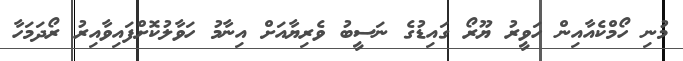
މުނި ހޯމްކެއާއިން ހަވީރު ޔޫރޯ ގައިޑުގެ ނަސީބު ވެރިޔާއަށް އިނާމު ހަވާލުކޮށްފައިވާއިރު ރޯދަމަހާ